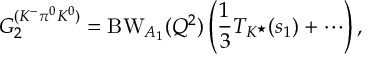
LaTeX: G _ { 2 } ^ { ( K ^ { - } \pi ^ { 0 } K ^ { 0 } ) } = \mathrm { B W } _ { A _ { 1 } } ( Q ^ { 2 } ) \left( \frac { 1 } { 3 } T _ { K ^ { \star } } ( s _ { 1 } ) + \cdots \right) ,